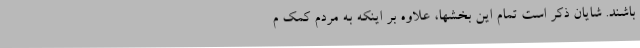
باشند. شایان ذکر است تمام این بخشها، علاوه بر اینکه به مردم کمک م